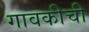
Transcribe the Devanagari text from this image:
गावकीची